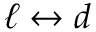
\ell \leftrightarrow d